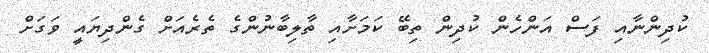
ކުދިންނާއި ފަސް އަންހެން ކުދިން ތިބޭ ކަމަށާއި ތާލިބާނުންގެ ތެރެއަށް ގެންދިޔައީ ވަގަށް